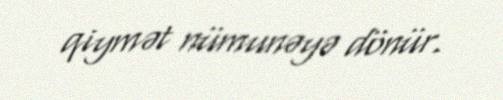
qiymət nümunəyə dönür.